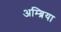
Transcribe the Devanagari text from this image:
अम्ब्रिया